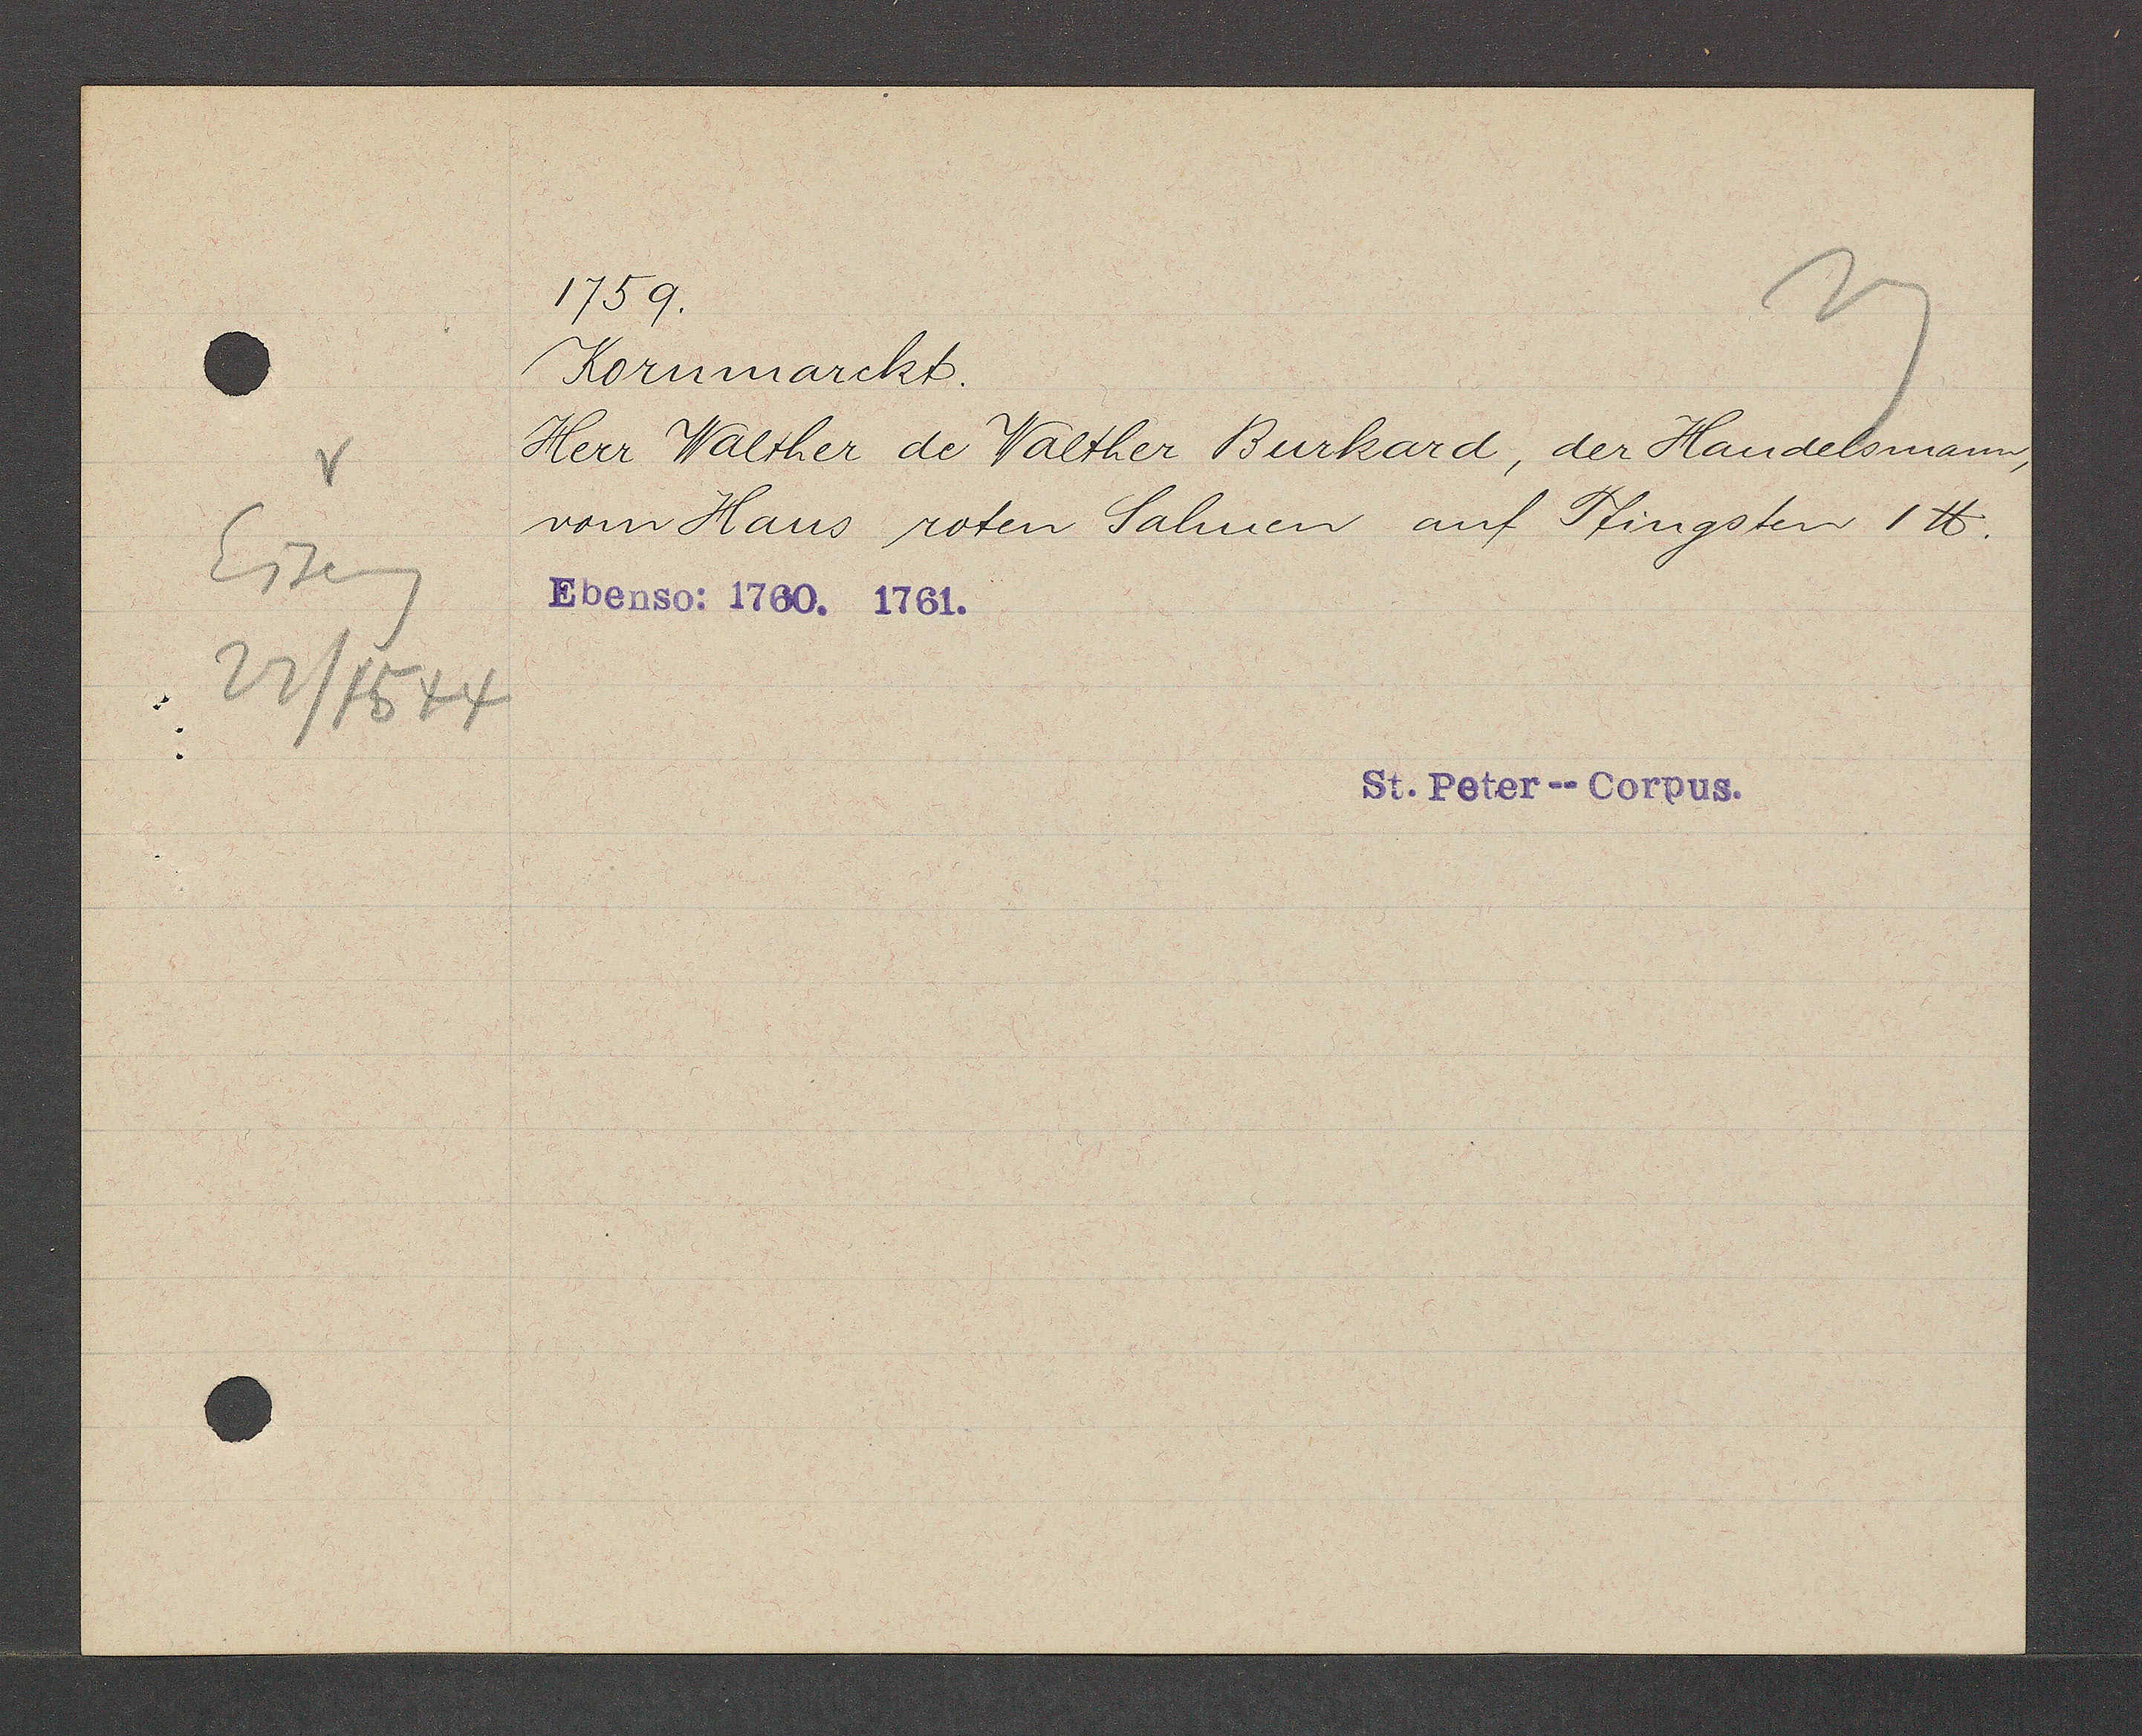
Transcript:
Eiseng
22/1544

1759.
Kornmarckt.
Herr Walther de Walther Burkard, der Handelsmann,
vom Haus roten Salmen auf Pfingsten 1 ℔.